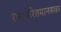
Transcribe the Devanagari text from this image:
रामचरितमानसवर